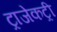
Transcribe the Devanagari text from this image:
ट्राजेकट्री